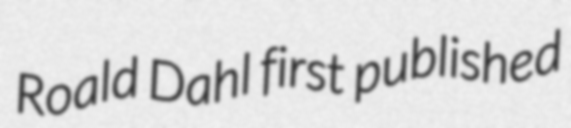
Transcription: Roald Dahl first published